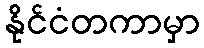
နိုင်ငံတကာမှာ